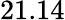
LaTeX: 21.14